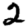
Digit: 2